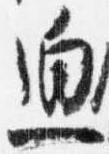
迫